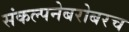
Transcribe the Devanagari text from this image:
संकल्पनेबरोबरच